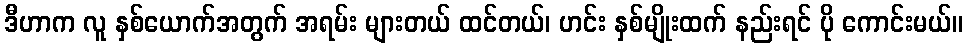
ဒီဟာက လူ နှစ်ယောက်အတွက် အရမ်း များတယ် ထင်တယ်၊ ဟင်း နှစ်မျိုးထက် နည်းရင် ပို ကောင်းမယ်။